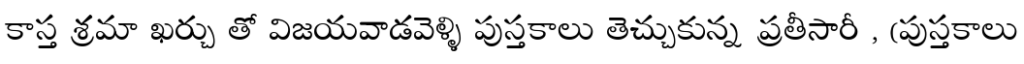
కాస్త శ్రమా ఖర్చు తో విజయవాడవెళ్ళి పుస్తకాలు తెచ్చుకున్న ప్రతీసారీ , (పుస్తకాలు